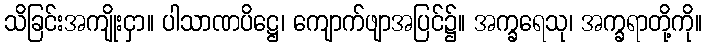
သိခြင်းအကျိုးငှာ။ ပါသာဏပိဋ္ဌေ၊ ကျောက်ဖျာအပြင်၌။ အက္ခရေသု၊ အက္ခရာတို့ကို။